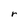
Character: r